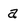
Character: a